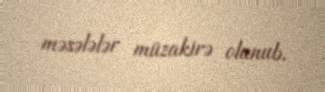
məsələlər müzakirə olunub.